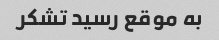
به موقع رسید تشکر